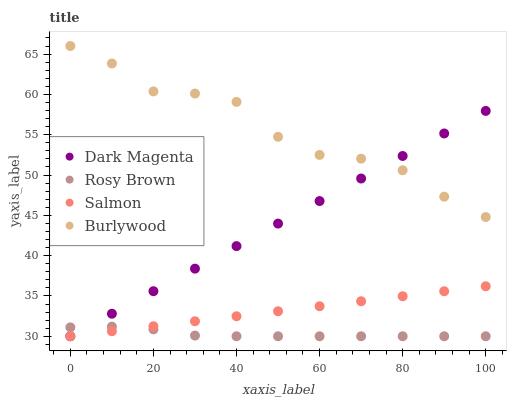
| xaxis_label | Dark Magenta | Rosy Brown | Salmon | Burlywood |
 | --- | --- | --- | --- | --- |
 | 0 | 30 | 31.1 | 30 | 66 |
 | 10 | 32.8 | 31.2 | 30.6 | 63.8 |
 | 20 | 35.6 | 30.9 | 31.2 | 60.4 |
 | 30 | 38.4 | 30.1 | 31.9 | 60.1 |
 | 40 | 41.2 | 30 | 32.5 | 59.1 |
 | 50 | 44 | 30 | 33.1 | 54.7 |
 | 60 | 46.8 | 30 | 33.7 | 52.5 |
 | 70 | 49.6 | 30 | 34.3 | 52 |
 | 80 | 52.4 | 30 | 35 | 50.6 |
 | 90 | 55.2 | 30 | 35.6 | 47.3 |
 | 100 | 58 | 30 | 36.2 | 44.8 |